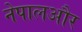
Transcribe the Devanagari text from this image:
नेपालऔर